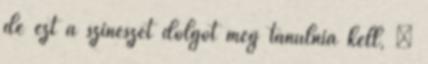
de ezt a színészet dolgot még tanulnia kell, ”